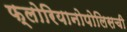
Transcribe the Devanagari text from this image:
फ्लोरियानोपोलिसची